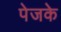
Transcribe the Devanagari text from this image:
पेजके